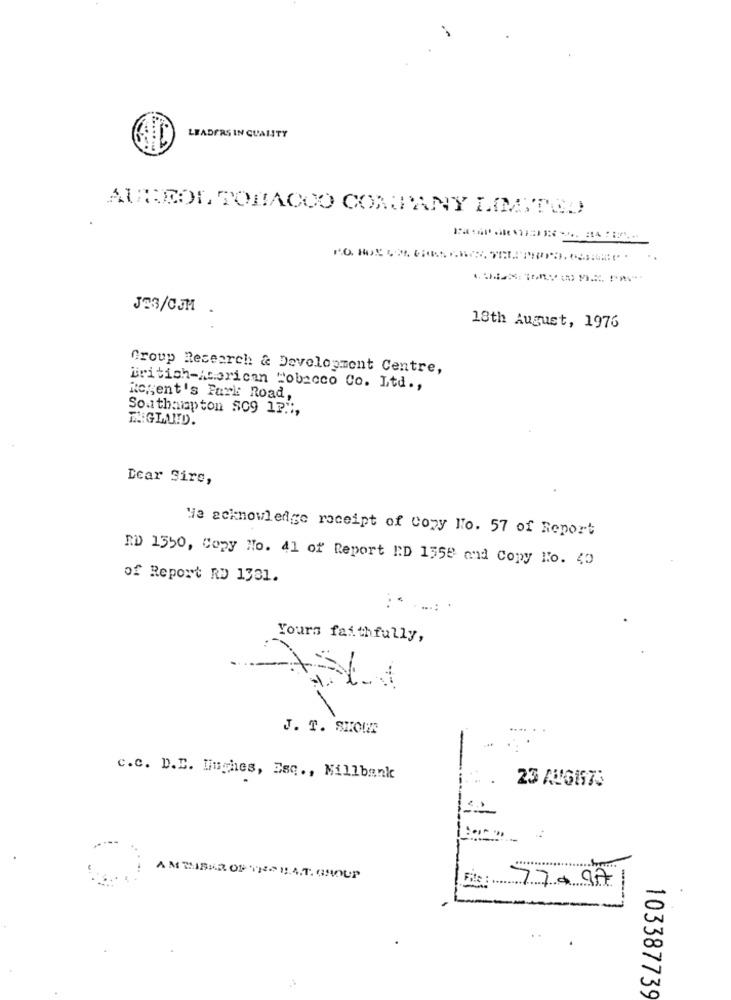
LEADERS IN QUALITY
ATRICOL TOBACCO COMPANY LIMITED
JE3/CJM .
18th August, 1976
Group Research & Development Centre,
British-Acorican "obacco Co. Ltd .,
Regent's Park Road,
Southampton 809 12",
ENGLUND.
Dear Sirs,
Wie acknowledge receipt of cozy Ho. 57 of Report
RD 1550, Copy No. 41 of Report RD 1550 and Copy No. 40
of Report RD 1331.
Yours faithfully,
J. T. SIOUR
c.c. D.E. Hughes, Esq ., Millbank
23 AUGIS75
AM TIBER OF THO HAT. GROUP
File : .
770971
103387739